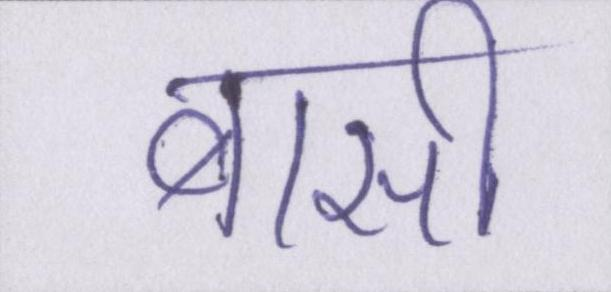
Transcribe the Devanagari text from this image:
बासी